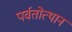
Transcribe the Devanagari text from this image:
पर्वतोत्‍थान